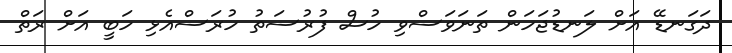
ދަގަނޑޭ އަށް ލަނޑުޖަހަން ތަނަވަސްވި ހުސް ފުރުސަތު ހުރަސްއެޅި ހަބީ އަށް ރަތް